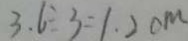
3 . 6 \div 3 = 1 . 2 c m